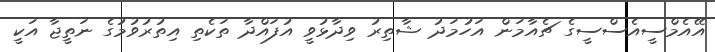
އޭއެމްސީއެސްސީގެ ޗެއާމަން އަހުމަދު ޝާތިރު ވިދާޅުވީ އުފައްދާ ތަކެތި އިތުރުވުމުގެ ނަތީޖާ އަކީ